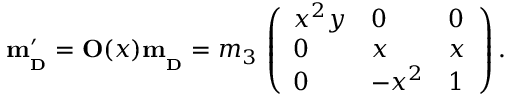
{ \bf m _ { _ D } ^ { \prime } } = { \bf O } ( x ) { \bf m _ { _ D } } = m _ { 3 } \, \left( \begin{array} { l l l } { { x ^ { 2 } y } } & { { 0 } } & { { 0 } } \\ { { 0 } } & { { x } } & { { x } } \\ { { 0 } } & { { - x ^ { 2 } } } & { { 1 } } \end{array} \right) .